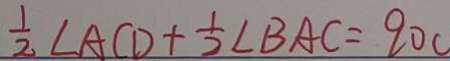
\frac { 1 } { 2 } \angle A C D + \frac { 1 } { 2 } \angle B A C = 9 0 c